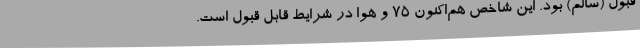
قبول (سالم) بود. این شاخص هم‌اکنون 75 و هوا در شرایط قابل قبول است.